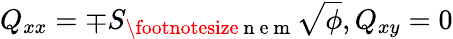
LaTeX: Q_{xx}=\mp S_{\footnotesize{\mathrm{~n~e~m~}}}\sqrt\phi,Q_{xy}=0